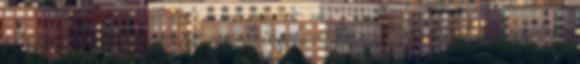
és saját férfiasságának megítélésében, kezdik a cikket a németek.